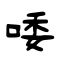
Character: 唩